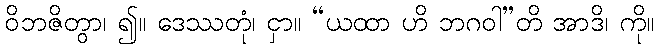
ဝိဘဇိတွာ၊ ၍။ ဒေဿတုံ၊ ငှာ။ “ယထာ ဟိ ဘဂဝါ”တိ အာဒိ၊ ကို။